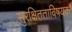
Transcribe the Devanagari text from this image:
सुरक्षितताविषयक